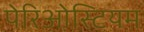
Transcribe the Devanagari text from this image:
पेरिओस्टियम